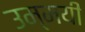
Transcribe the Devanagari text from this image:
उम्मयी